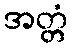
အတ္တံ